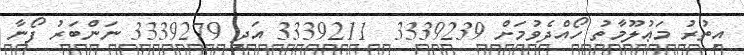
އިތުރު މަޢުލޫމާތު ހޯއްދެވުމަށް 3339239  3339211 އަދި 3339279 ނަންބަރު ފޯނާ